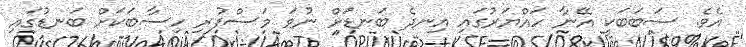
އެވެ. ސަބަބަކީ އޭނާ ހައްޔަރުގައި އިނދެ ބަނޑަށް ނުވަ މަސްފުރި ހިސާބަކަށް ބަނޑުގައި